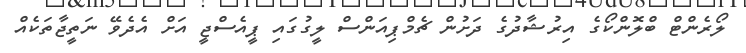
ލޯރެންޓް ބްލޮންކޯގެ އިރުޝާދުގެ ދަށުން ޗެމްޕިއަންސް ލީގުގައި ޕީއެސްޖީ އަށް އެދެވޭ ނަތީޖާތަކެއް